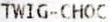
TWIG-CHOC